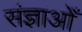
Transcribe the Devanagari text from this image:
संज्ञाओँ